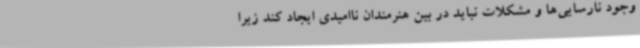
وجود نارسایی‌ها و مشکلات نباید در بین هنرمندان ناامیدی ایجاد کند زیرا